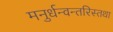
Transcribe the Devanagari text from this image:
मनुर्धन्वन्तरिस्तथा